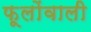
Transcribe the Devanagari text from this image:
फूलोंवाली